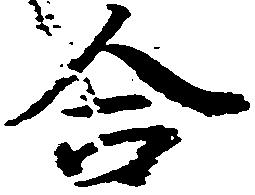
合